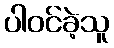
ပါဝင်ခဲ့သူ